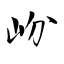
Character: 岎